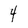
Character: 4